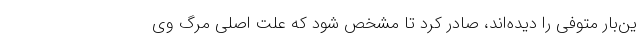
ین‌بار متوفی را دیده‌اند، ‌صادر کرد تا مشخص شود که علت اصلی مرگ وی